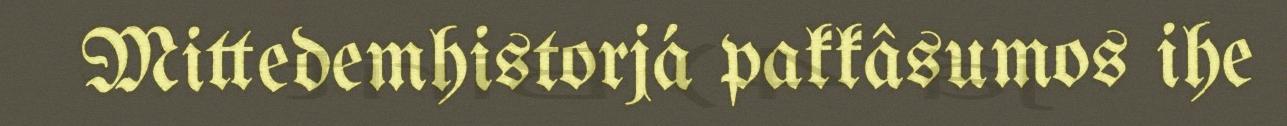
Mittedemhistorjá pakkâsumos ihe